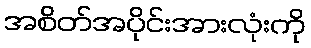
အစိတ်အပိုင်းအားလုံးကို